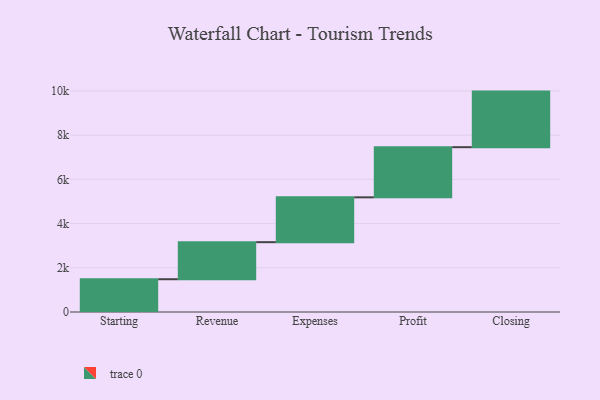
{"axis": {"x": "Step", "y": "Value"}, "legend": [""], "data": [{"x": "Starting", "y": 1483.0, "type": ""}, {"x": "Revenue", "y": 1676.0, "type": ""}, {"x": "Expenses", "y": 2028.0, "type": ""}, {"x": "Profit", "y": 2269.0, "type": ""}, {"x": "Closing", "y": 2514.0, "type": ""}]}